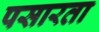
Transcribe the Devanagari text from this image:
पसारता